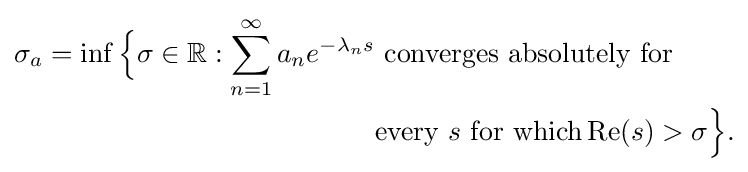
{\begin{aligned}\sigma _{a}=\inf {\Big \{}\sigma \in \mathbb {R} :\sum _{n=1}^{\infty }a_{n}e^{-\lambda _{n}s}&{\text{ converges absolutely for}}\\&{\text{every }}s{\text{ for which}}\operatorname {Re} (s)>\sigma {\Big \}}.\end{aligned}}